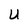
Character: U